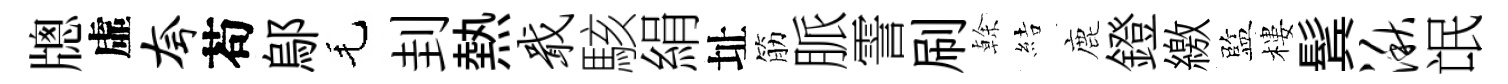
牕虛夸苟鄔毛刲熱戢駭絹址筋脈霅刷𠏉結鹿鐙繳監樓鬂湫氓